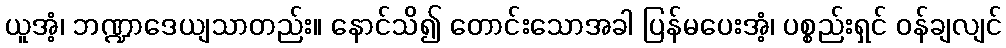
ယူအံ့၊ ဘဏ္ဍာဒေယျသာတည်း။ နောင်သိ၍ တောင်းသောအခါ ပြန်မပေးအံ့၊ ပစ္စည်းရှင် ဝန်ချလျင်